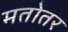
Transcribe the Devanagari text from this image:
मतोतर